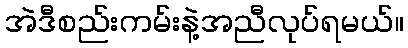
အဲဒီစည်းကမ်းနဲ့အညီလုပ်ရမယ်။